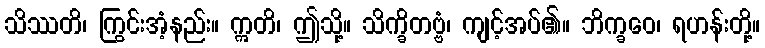
သိဿတိ၊ ကြွင်းအံ့နည်း။ ဣတိ၊ ဤသို့။ သိက္ခိတဗ္ဗံ၊ ကျင့်အပ်၏။ ဘိက္ခဝေ၊ ရဟန်းတို့။